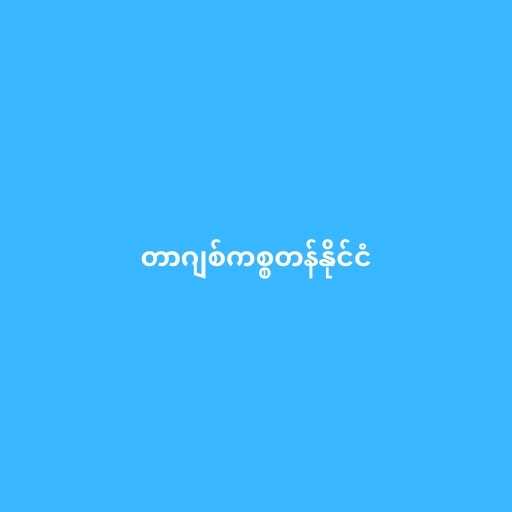
တာဂျစ်ကစ္စတန်နိုင်ငံ